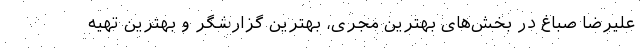
علیرضا صباغ در بخش‌های بهترین مجری، بهترین گزارشگر و بهترین تهیه